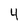
Character: 4